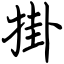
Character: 掛